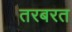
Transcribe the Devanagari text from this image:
तरबरत